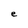
Character: e